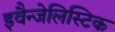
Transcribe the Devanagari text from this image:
इवैन्जेलिस्टिक